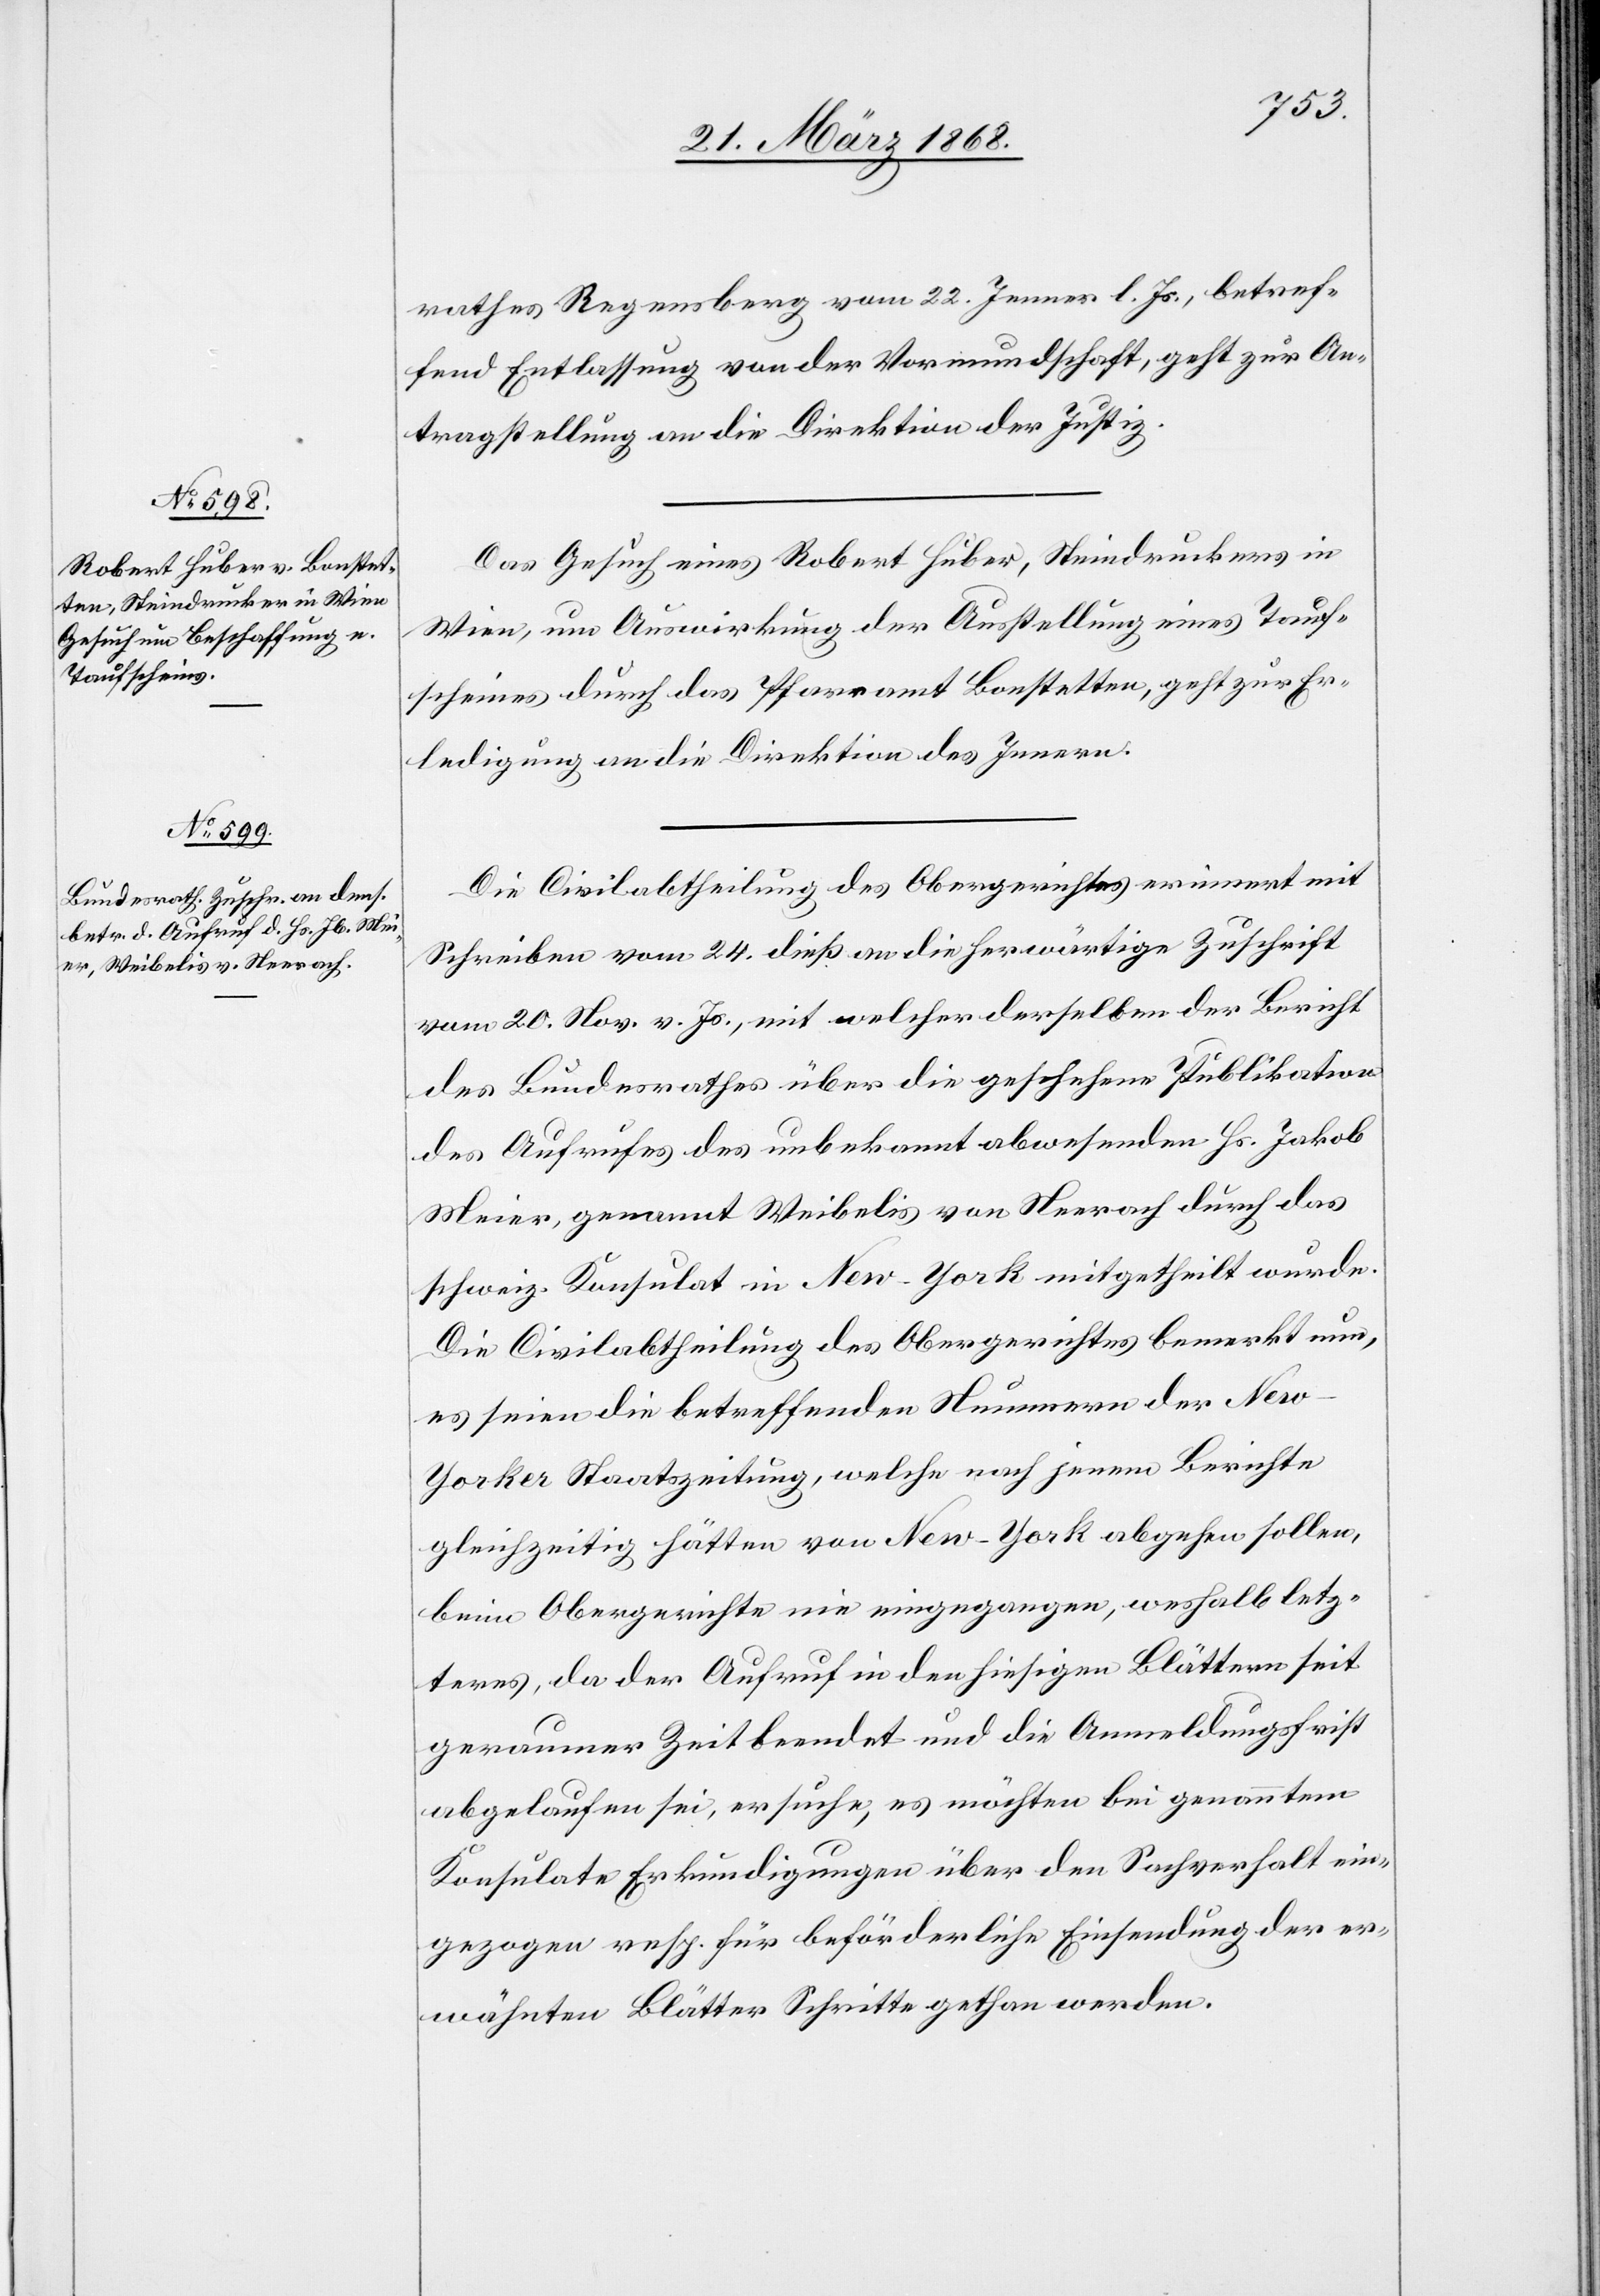
26. März 1868.]
rathes Regensberg vom 22. Jenner l. Js., betref¬
fend Entlassung von der Vormundschaft, geht zur An¬
tragstellung an die Direktion der Justiz.
Das Gesuch eines Robert Huber, Steindruckers in
Wien, um Auswirkung der Ausstellung eines Tauf¬
scheines durch das Pfarramt Bonstetten, geht zur Er¬
ledigung an die Direktion des Innern.
Die Civilabtheilung des Obergerichtes erinnert mit
Schreiben vom 24. dies an die herwärtige Zuschrift
vom 20. Nov. v. Js., mit welcher derselben der Bericht
des Bundesrathes über die geschehene Publikation
des Aufrufes des unbekannt abwesenden Hs. Jakob
Meier, genannt Weibelis von Neerach durch das
schweiz. Konsulat in New-York mitgetheilt wurde.
Die Civilabtheilung des Obergerichtes bemerkt nun,
es seien die betreffenden Nummern der New-Y¬
orker Staatszeitung, welche nach jenem Berichte
gleichzeitig hätten von New-York abgehen sollen,
beim Obergerichte nie eingegangen, weshalb letz¬
teres, da der Aufruf in den hiesigen Blättern seit
geraumer Zeit beendet und die Anmeldungsfrist
abgelaufen sei, ersuche, es möchten bei genanntem
Konsulate Erkundigungen über den Sachverhalt ein¬
gezogen resp. für beförderliche Einsendung der er¬
wähnten Blätter Schritte gethan werden.